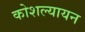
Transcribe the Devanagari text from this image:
कोशल्यायन